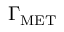
\Gamma _ { \mathrm { M E T } }